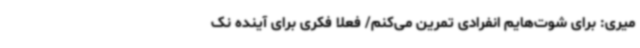
میری: برای شوت‌هایم انفرادی تمرین می‌کنم/ فعلا فکری برای آینده نک